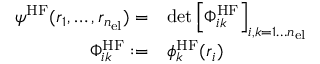
\begin{array} { r l } { \psi ^ { \mathrm { H F } } ( { \boldsymbol { r } } _ { 1 } , \dots , { \boldsymbol { r } } _ { n _ { \mathrm { e l } } } ) = } & { \operatorname* { d e t } \left[ \Phi _ { i k } ^ { \mathrm { H F } } \right] _ { i , k = 1 \dots { n _ { \mathrm { e l } } } } } \\ { \Phi _ { i k } ^ { \mathrm { H F } } : = } & { \phi _ { k } ^ { \mathrm { H F } } ( { \boldsymbol { r } } _ { i } ) } \end{array}